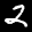
Label: 2